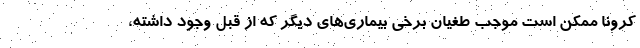
کرونا ممکن است موجب طغیان‌ برخی بیماری‌های دیگر که از قبل وجود داشته،